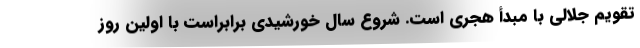
تقویم جلالی با مبدأ هجری است. شروع سال خورشیدی برابراست با اولین روز